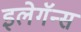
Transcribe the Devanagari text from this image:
इलेगॅन्स